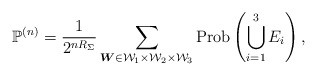
\begin{align*} \mathbb{P}^{(n)}=\dfrac{1} {2^{nR_\Sigma}}\sum_{\boldsymbol{W}\in\mathcal{W}_1 \times\mathcal{W}_2\times\mathcal{W}_3}\mathrm{Prob} \left(\bigcup_{i=1}^{3}E_i\right),\end{align*}